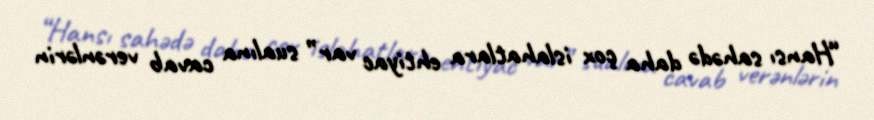
“Hansı sahədə daha çox islahatlara ehtiyac var” sualına cavab verənlərin